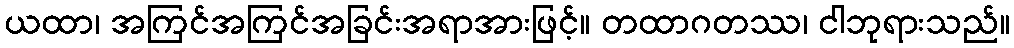
ယထာ၊ အကြင်အကြင်အခြင်းအရာအားဖြင့်။ တထာဂတဿ၊ ငါဘုရားသည်။